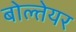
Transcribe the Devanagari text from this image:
बोल्तेयर